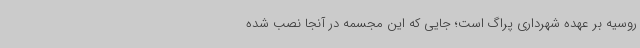
روسیه بر عهده شهرداری پراگ است؛ جایی که این مجسمه در آنجا نصب شده